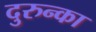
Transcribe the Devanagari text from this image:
दुरुन्का